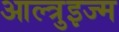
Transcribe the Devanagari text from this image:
आल्त्रुइज्म